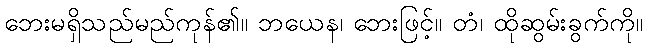
ဘေးမရှိသည်မည်ကုန်၏။ ဘယေန၊ ဘေးဖြင့်။ တံ၊ ထိုဆွမ်းခွက်ကို။